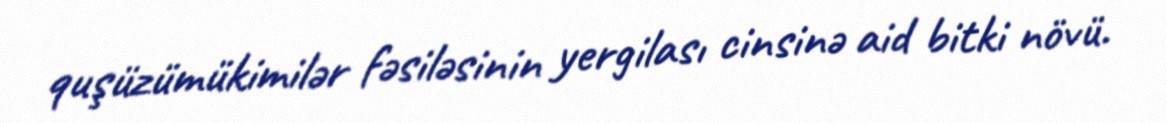
quşüzümükimilər fəsiləsinin yergilası cinsinə aid bitki növü.